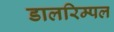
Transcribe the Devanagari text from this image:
डालरिम्पल